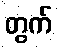
တွက်